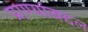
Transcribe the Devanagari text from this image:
प्राण्यांबद्दल